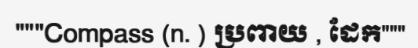
"""Compass (n. ) ប្រពាយ , ដែក"""